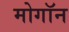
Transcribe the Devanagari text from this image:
मोगॉन